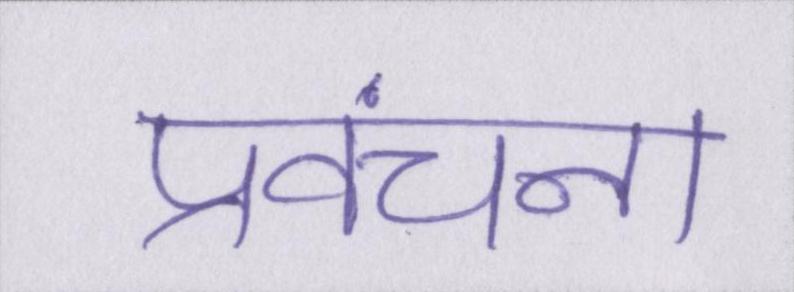
प्रवंचना